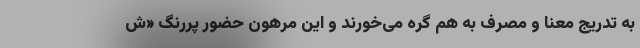
به تدریج معنا و مصرف به هم گره می‌خورند و این مرهون حضور پررنگ «ش